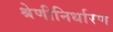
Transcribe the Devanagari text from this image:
श्रेणीनिर्धारण